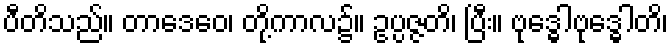
ပီတိသည်။ တာဒေဝေ၊ တို့ကာလ၌။ ဥပ္ပဇ္ဇတိ၊ ပြီး။ ဗုဒ္ဓေါဗုဒ္ဓေါတိ၊